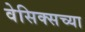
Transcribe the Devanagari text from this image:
वेसिक्सच्या